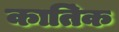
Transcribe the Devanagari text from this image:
काति॔क